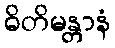
ဓိတိမန္တာနံ